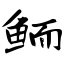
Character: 鲕